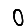
Digit: 0